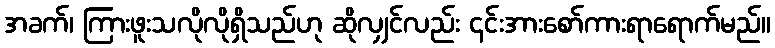
အခက်၊ ကြားဖူးသလိုလိုရှိသည်ဟု ဆိုလျှင်လည်း ၎င်းအားစော်ကားရာရောက်မည်။